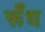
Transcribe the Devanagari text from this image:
र्रूँध